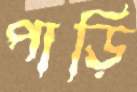
পাড়ি